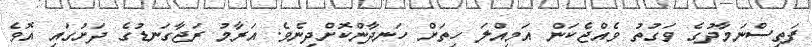
ފަތިސްނަމާދުގެ ވަގުތު ވެއްޖެކަން އަމިއްލަ ހިތަށް ހަނދާންކޮށްދިނެވެ. އަރާމު ރަޖާގަނޑުގެ ދަށުގައި އޮވެ